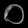
Digit: ၀